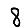
Digit: 8